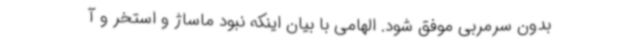
بدون سرمربی موفق شود. الهامی با بیان اینکه نبود ماساژ و استخر و آ